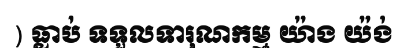
) ធ្លាប់ ទទួលទារុណកម្ម យ៉ាង យ៉ង់